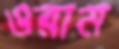
ওরাম